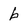
Character: b